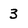
Character: 3